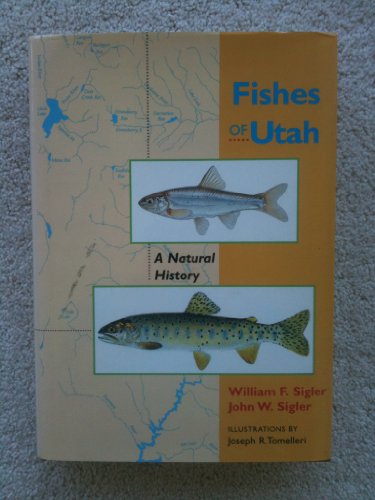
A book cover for Fishes of Utah: A Natural History; William F. Sigler; Sports & Outdoors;